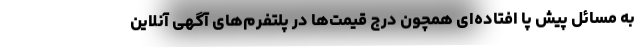
به مسائل پیش پا افتاده‌ای همچون درج قیمت‌ها در پلتفرم‌های آگهی آنلاین